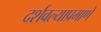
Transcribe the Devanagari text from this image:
दर्शवल्याप्रमाणे